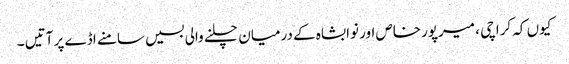
کیوں کہ کراچی ، میرپورخاص اور نوابشاہ کے درمیان چلنے والی بسیں سامنے اڈے پر آتیں ۔